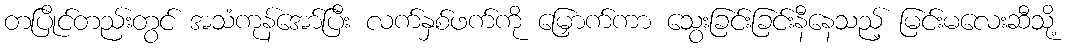
တပြိုင်တည်းတွင် အသံကုန်အော်ပြီး လက်နှစ်ဖက်ကို မြှောက်ကာ သွေးခြင်းခြင်းနီနေသည့် မြင်းမလေးဆီသို့